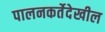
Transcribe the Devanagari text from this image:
पालनकर्तेदेखील